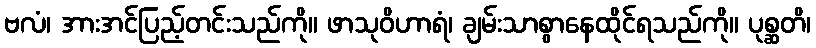
ဗလံ၊ အားအင်ပြည့်တင်းသည်ကို။ ဖာသုဝိဟာရံ၊ ချမ်းသာစွာနေထိုင်ရသည်ကို။ ပုစ္ဆတိ၊